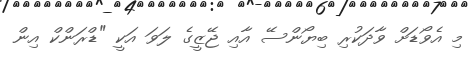
މި އެވޯޑަށް ވާދަކުރި ބިޔޯންސޭ އާއި ޖޭޒީގެ ލަވަ އަކީ "ޑްރަންކް އިން